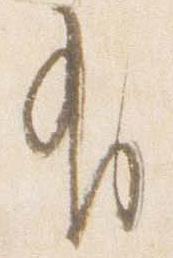
有